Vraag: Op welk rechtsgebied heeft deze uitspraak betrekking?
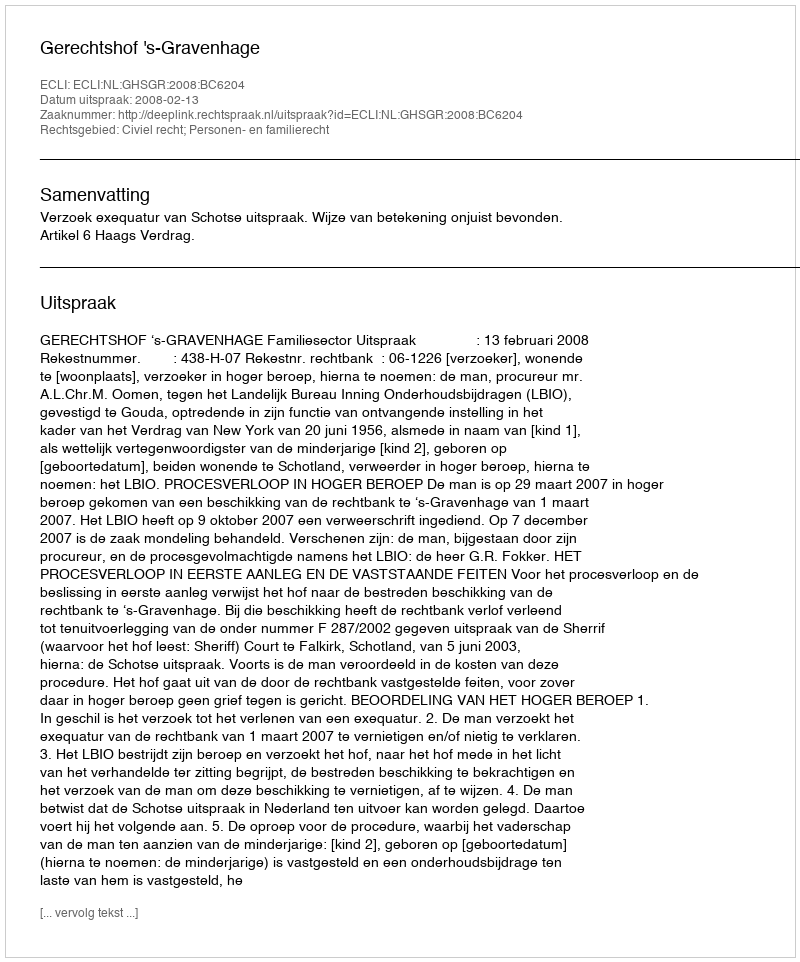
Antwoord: Civiel recht; Personen- en familierecht